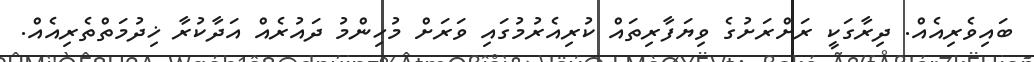
ބައިވެރިއެއް. ދިރާގަކީ ރަށްރަށުގެ ވިޔަފާރިތައް ކުރިއެރުމުގައި ވަރަށް މުހިންމު ދައުރެއް އަދާކުރާ ޚިދުމަތްތެރިއެއް.